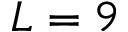
L = 9